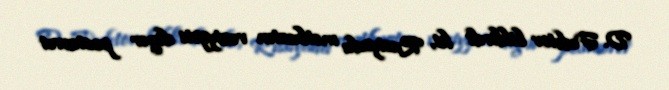
D. Fedetov bildirdi ki, Rusiyada mətbuatın vəziyyəti digər postsovet